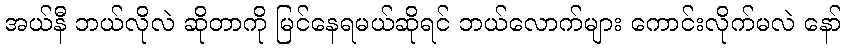
အယ်နီ ဘယ်လိုလဲ ဆိုတာကို မြင်နေရမယ်ဆိုရင် ဘယ်လောက်များ ကောင်းလိုက်မလဲ နော်